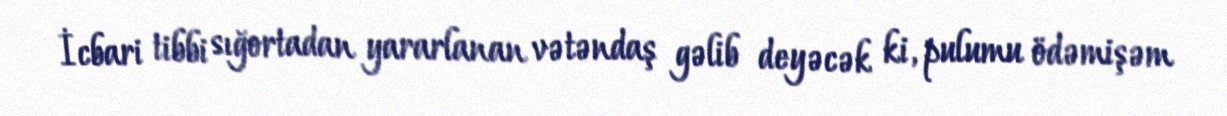
İcbari tibbi sığortadan yararlanan vətəndaş gəlib deyəcək ki, pulumu ödəmişəm